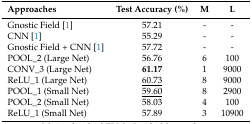
<table><thead><tr><td><b>Approaches</b></td><td><b>Test Accuracy (%)</b></td><td><b>M</b></td><td><b>L</b></td></tr></thead><tbody><tr><td>Gnostic Field [1]</td><td>57.21</td><td>-</td><td>-</td></tr><tr><td>CNN [1]</td><td>55.29</td><td>-</td><td>-</td></tr><tr><td>Gnostic Field + CNN [1]</td><td>57.72</td><td>-</td><td>-</td></tr><tr><td>POOL_2 (Large Net)</td><td>56.76</td><td>6</td><td>100</td></tr><tr><td>CONV_3 (Large Net)</td><td><b>61.17</b></td><td>1</td><td>9000</td></tr><tr><td>ReLU_1 (Large Net)</td><td><underline>60.73</underline></td><td>8</td><td>9000</td></tr><tr><td>POOL_1 (Small Net)</td><td><underline>59.60</underline></td><td>8</td><td>2900</td></tr><tr><td>POOL_2 (Small Net)</td><td>58.03</td><td>4</td><td>100</td></tr><tr><td>ReLU_1 (Small Net)</td><td>57.89</td><td>3</td><td>10900</td></tr></tbody></table>